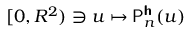
[ 0 , R ^ { 2 } ) \ni u \mapsto \mathsf { P } _ { n } ^ { \boldsymbol { \mathsf { h } } } ( u )